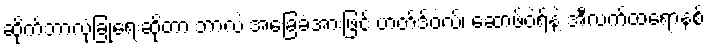
ဆိုက်ဘာလုံခြုံရေးဆိုတာ ဘာလဲ အခြေခံအားဖြင့် ဟတ်ဒ်ဝဲလ်၊ ဆော့ဖ်ဝဲရ်နဲ့ အီလက်ထရောနစ်